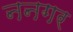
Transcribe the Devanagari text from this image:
ननगर